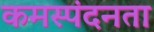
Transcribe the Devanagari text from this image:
कमस्पंदनता